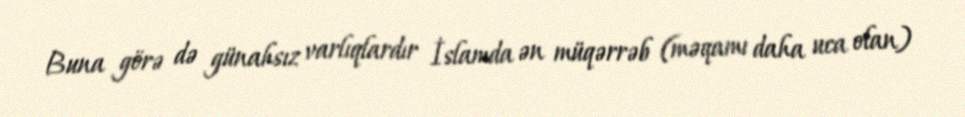
Buna görə də günahsız varlıqlardır İslamda ən müqərrəb (məqamı daha uca olan)